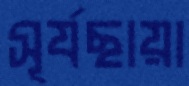
সূর্যছায়া